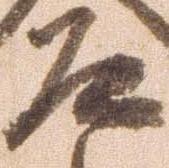
道